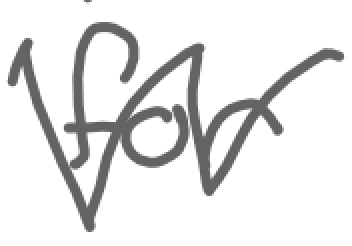
Text: for
Cross-out: zig-zag
Writing tool: digital_gray